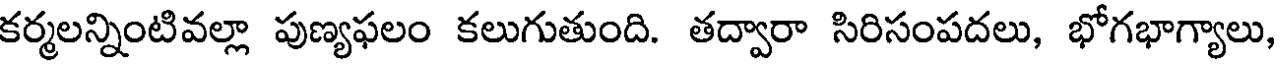
కర్మలన్నింటివల్లా పుణ్యఫలం కలుగుతుంది. తద్వారా సిరిసంపదలు, భోగభాగ్యాలు,